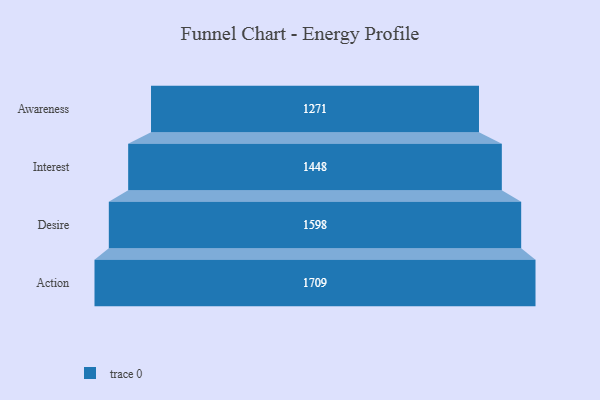
{"axis": {"x": "Stage", "y": "Value"}, "legend": [""], "data": [{"x": "Awareness", "y": 1271.0, "type": ""}, {"x": "Interest", "y": 1448.0, "type": ""}, {"x": "Desire", "y": 1598.0, "type": ""}, {"x": "Action", "y": 1709.0, "type": ""}]}